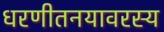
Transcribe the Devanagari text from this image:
धरणीतनयावरस्य